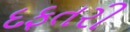
દફતરી